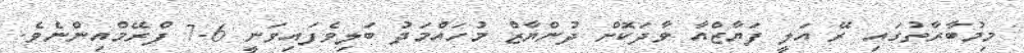
މިމުބާރާތުގައި ރޭ އަލީ ފަޔާޒްއާ ވާދަކޮށް ދުންޔާޒް މުހައްމަދު ބަލިވެފައިވަނީ 6-7 ފްރޭމްއިންނެވެ.